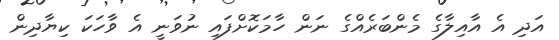
އަދި އެ އާއިލާގެ މެންބަރެއްގެ ނަން ހާމަކޮށްފައި ނުވަނީ އެ ވާހަކަ ކިޔާދިން